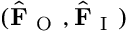
( \hat { \mathbf { F } } _ { \mathrm { ~ O ~ } } , \hat { \mathbf { F } } _ { \mathrm { ~ I ~ } } )